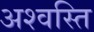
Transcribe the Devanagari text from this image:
अश्वस्ति